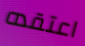
اعتقده